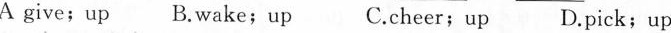
A give;up B.Wake;up C.cheer;up D.pick;up